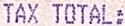
TAX TOTAL: